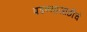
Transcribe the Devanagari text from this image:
पडण्यासाठीचे